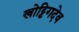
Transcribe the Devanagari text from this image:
खोट्टिगदेव